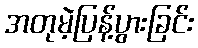
အတုမဲ့ပြန့်ပွားခြင်း